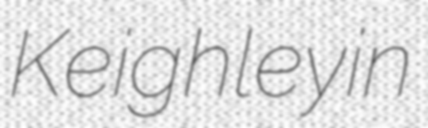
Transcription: Keighley in